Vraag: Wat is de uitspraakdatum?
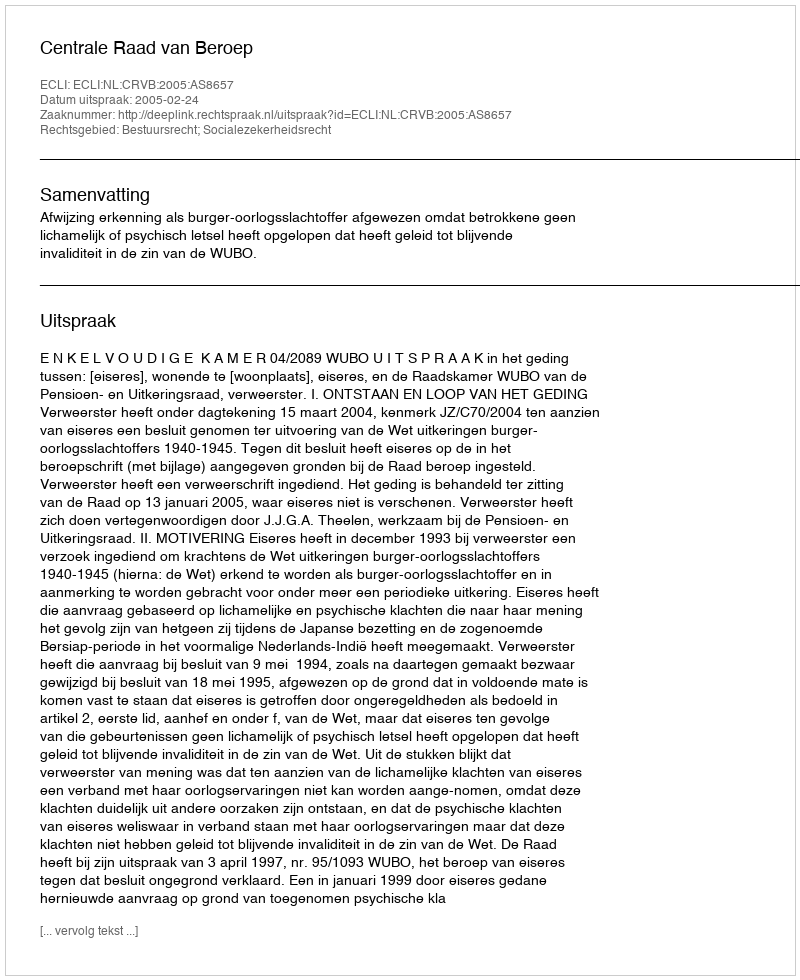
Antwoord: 2005-02-24